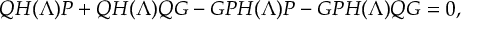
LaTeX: Q H ( \Lambda ) P + Q H ( \Lambda ) Q G - G P H ( \Lambda ) P - G P H ( \Lambda ) Q G = 0 ,